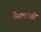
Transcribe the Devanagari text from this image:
पेसलॉत्सी